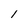
Character: 1